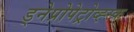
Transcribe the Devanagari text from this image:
ड्नेप्रोपेट्रोव्ह्स्क